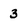
Character: 3